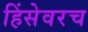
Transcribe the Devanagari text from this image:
हिंसेवरच